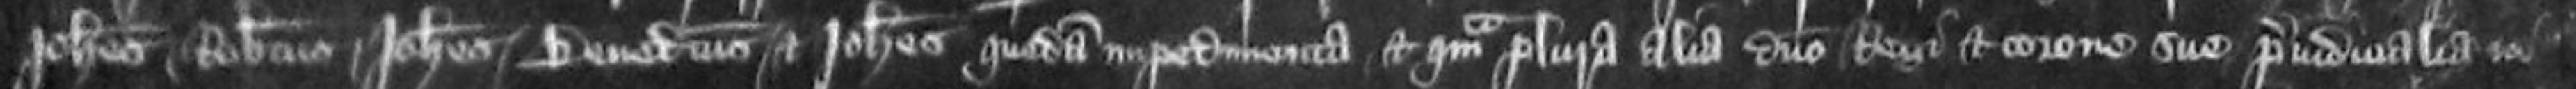
Johannes Robertus Johannes Benedictus et Johannes quedam impedimenta et quam plura alia domino regi et corone sue preiudicialia in